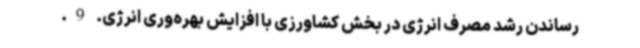
رساندن رشد مصرف انرژی در بخش کشاورزی با افزایش بهره‌وری انرژی. 9.